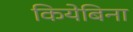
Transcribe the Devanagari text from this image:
कियेबिना